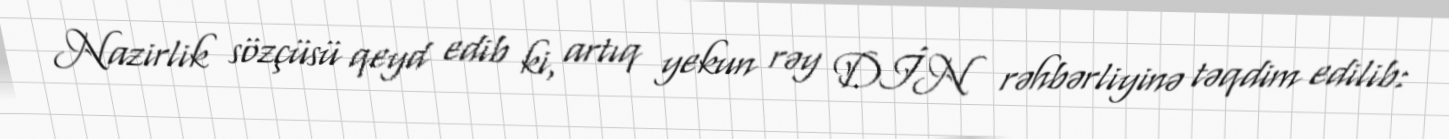
Nazirlik sözçüsü qeyd edib ki, artıq yekun rəy DİN rəhbərliyinə təqdim edilib: